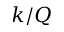
k / Q